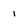
Character: 1